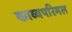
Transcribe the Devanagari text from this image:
काव्यपरिमल